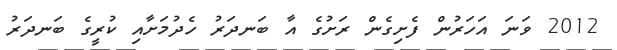
2012 ވަނަ އަހަރުން ފެށިގެން ރަށުގެ އާ ބަނދަރު ހެދުމަށާއި ކުރީގެ ބަނދަރު